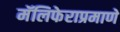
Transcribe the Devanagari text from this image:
मॅलिफेराप्रमाणे